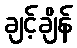
ချင့်ချိန်